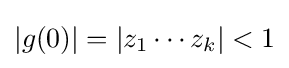
|g(0)|=|z_{1}\cdots z_{k}|<1